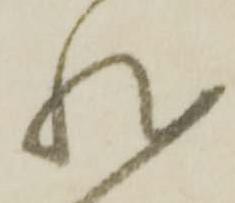
然